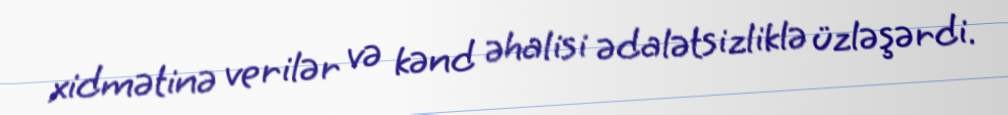
xidmətinə verilər və kənd əhalisi ədalətsizliklə üzləşərdi.